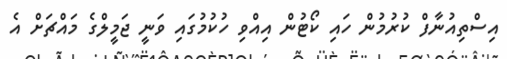
އިސްތިއުނާފް ކުރުމުން ހައި ކޯޓުން އިއްވި ހުކުމުގައި ވަނީ ޖަމީލްގެ މައްޗަށް އެ